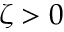
\zeta > 0